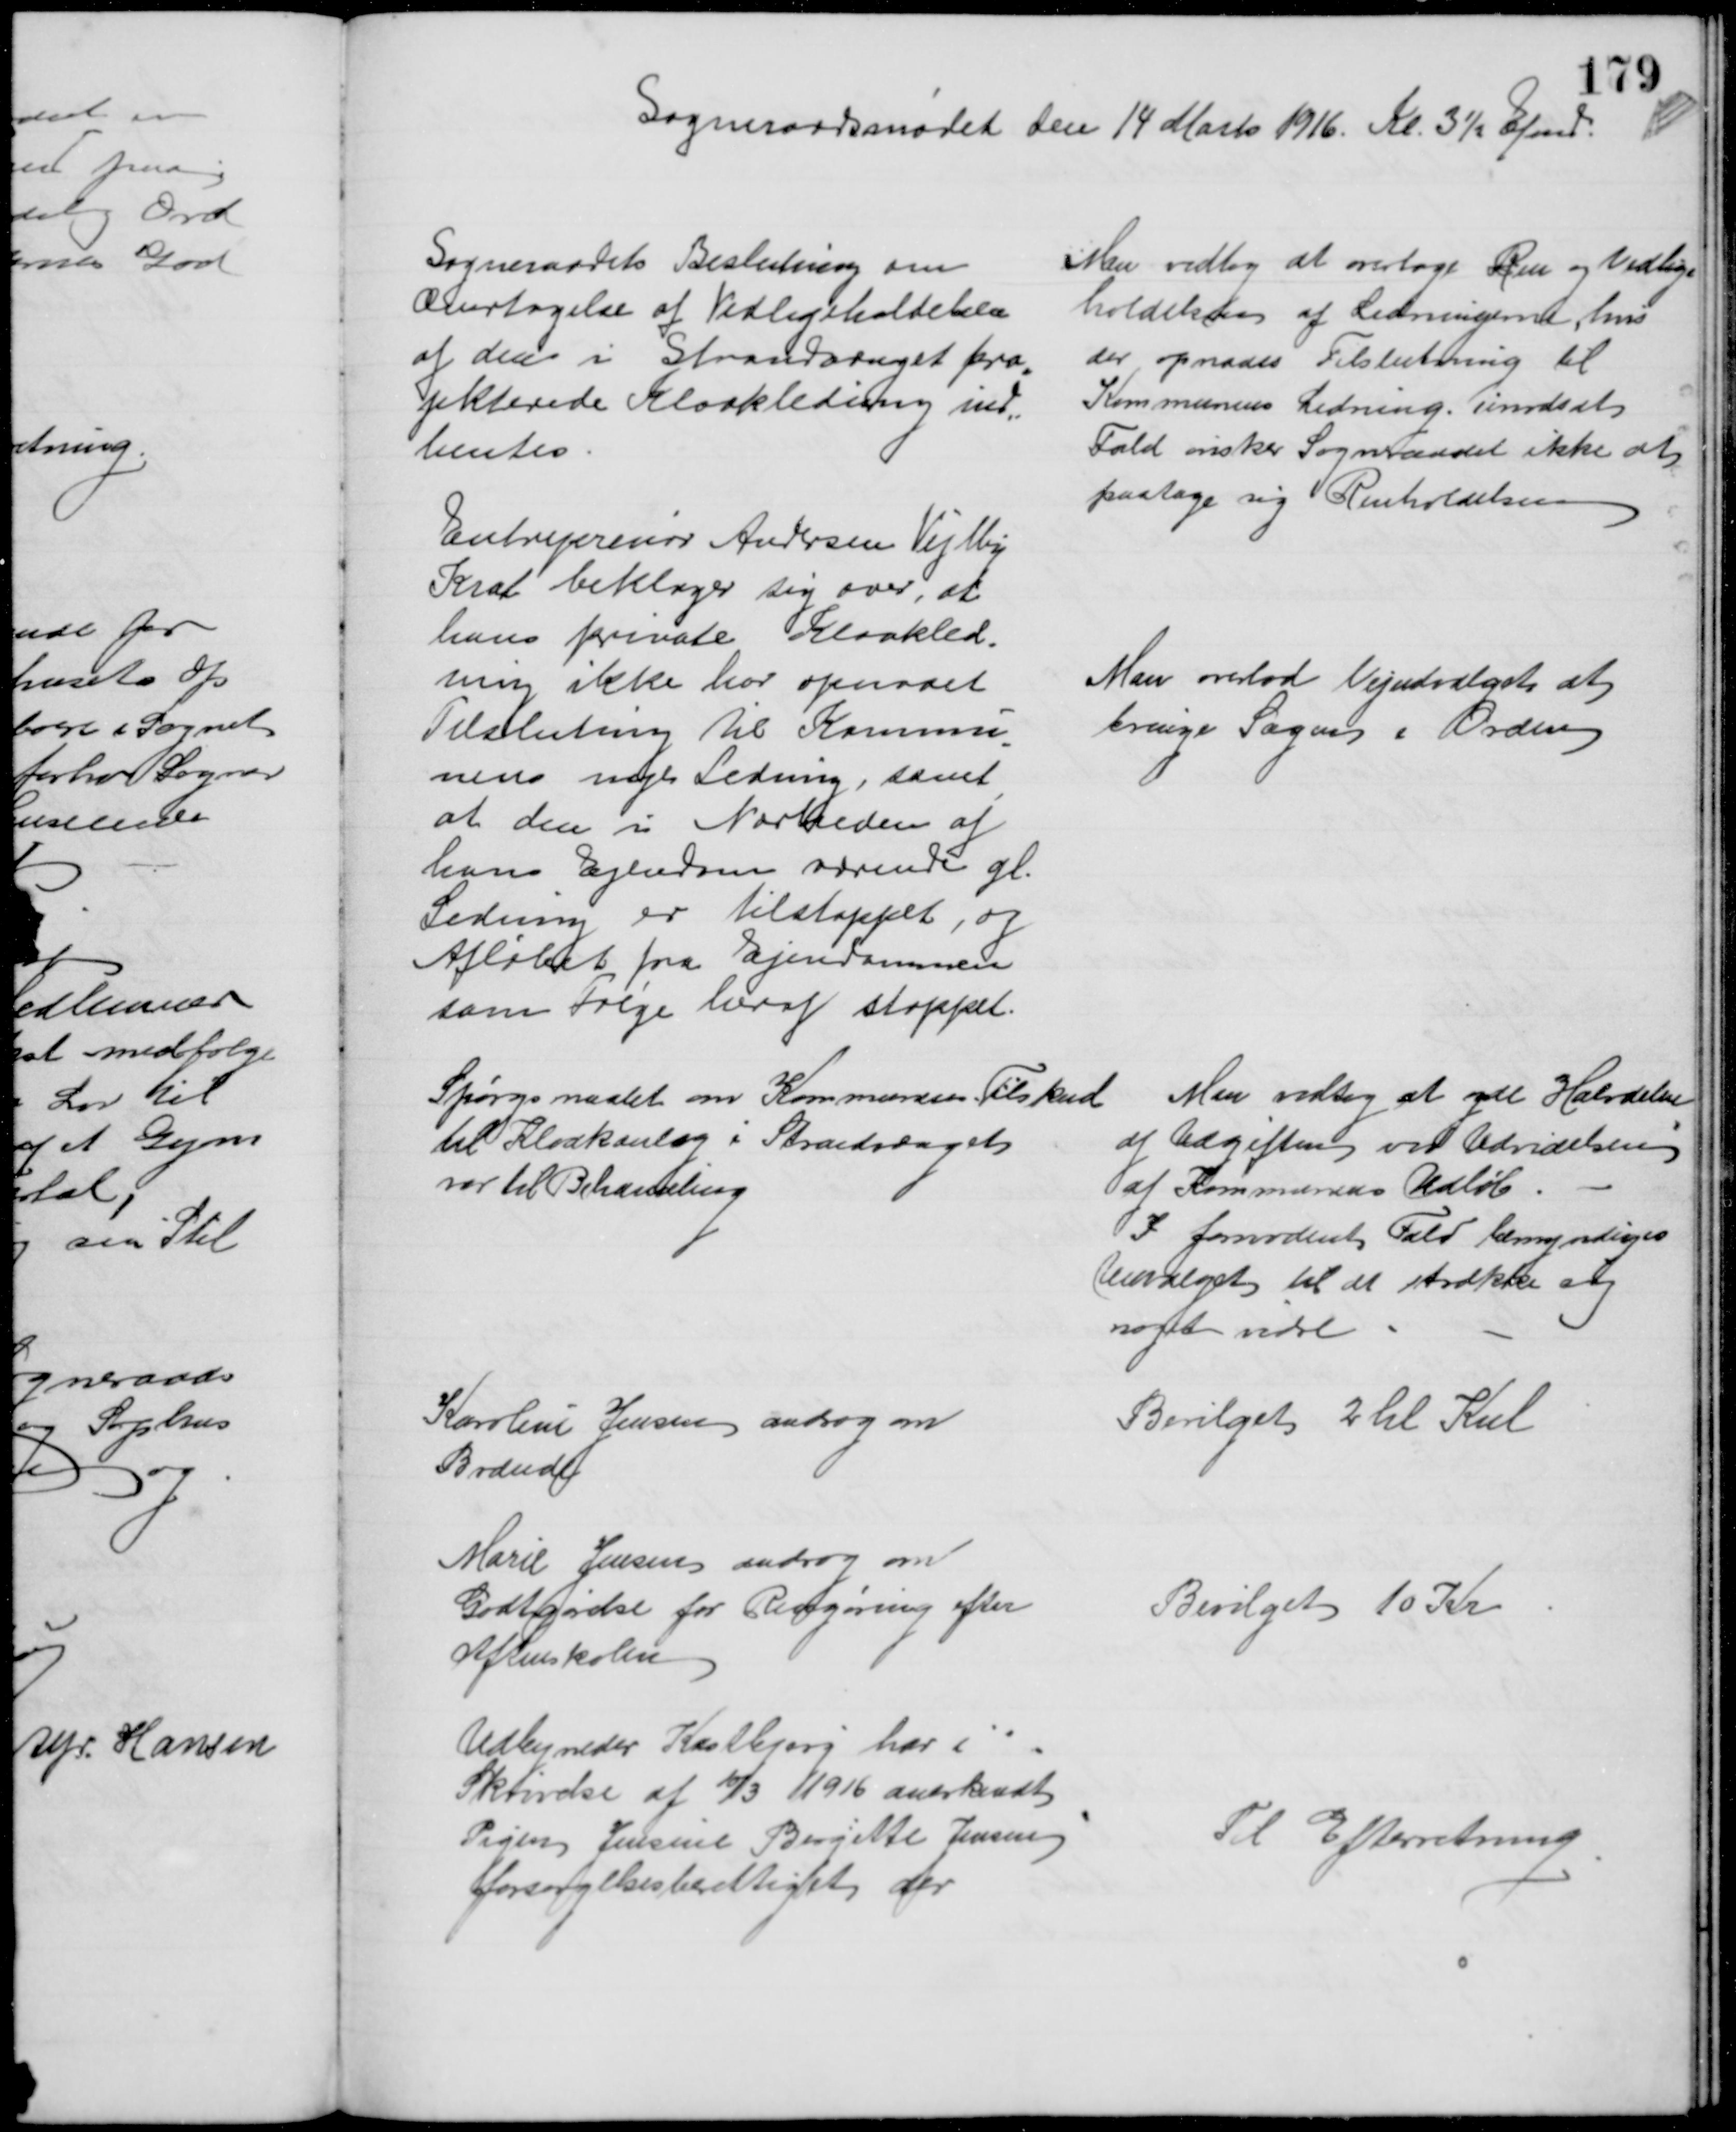
Transskription:
Sogneraadsmødet den 14 Marts 1916. Kl. 3½ Efmd. 
Sogneraadets Beslutning om
Overtagelse af Vedligeholdelsen
af den i Strandsvænget pro=
jekterede Kloakledning ind=
hentes
Man vedtog at overtage Ren og Vedlige
holdelsen af Ledningerne, hvis 
der opnaaes Tilslutning til
Kommunens Ledning. imodsat
Fald ønsker Sogneraadet ikke at 
paatage sig Renholdelsen
Entreprenør Andersen Vejlby
Krat beklager sig over, at
hans private Kloakled=
ning ikke har opnaaet
Tilslutning til Kommu
=
nens nye Ledning, samt 
at den i Nærheden af
hans Ejendom værende gl.
Ledning er tilstoppet, og
Afløbet fra Ejendommen
som Følge heraf stoppet.
Man overlod Vejudvalget at
bringe Sagen i Orden
Spørgsmaalet om Kommunens Tilskud
til Kloakanlæg i Strandsvænget
var til Behandling
Man vedtog at yde Halvdelen
af Udgiften ved Udvidelsen
af Kommunens Udløb.
I fornødent Fald bemyndiges
Udvalget til at strække sig
noget vidre
Karoline Jensen androg om
Brænde
Bevilget 2 hl Kul
Marie Jensen androg om
Godtgørelse for Rengøring efter
Aftenskolen
Bevilget 10 Kr
Udbyneder Kastbjerg har i
Skrivelse af 10/3 1916 anerkendt
Pigen Jensine Birgitte Jensen
forsørgelsesberettiget der
Til Efterretning